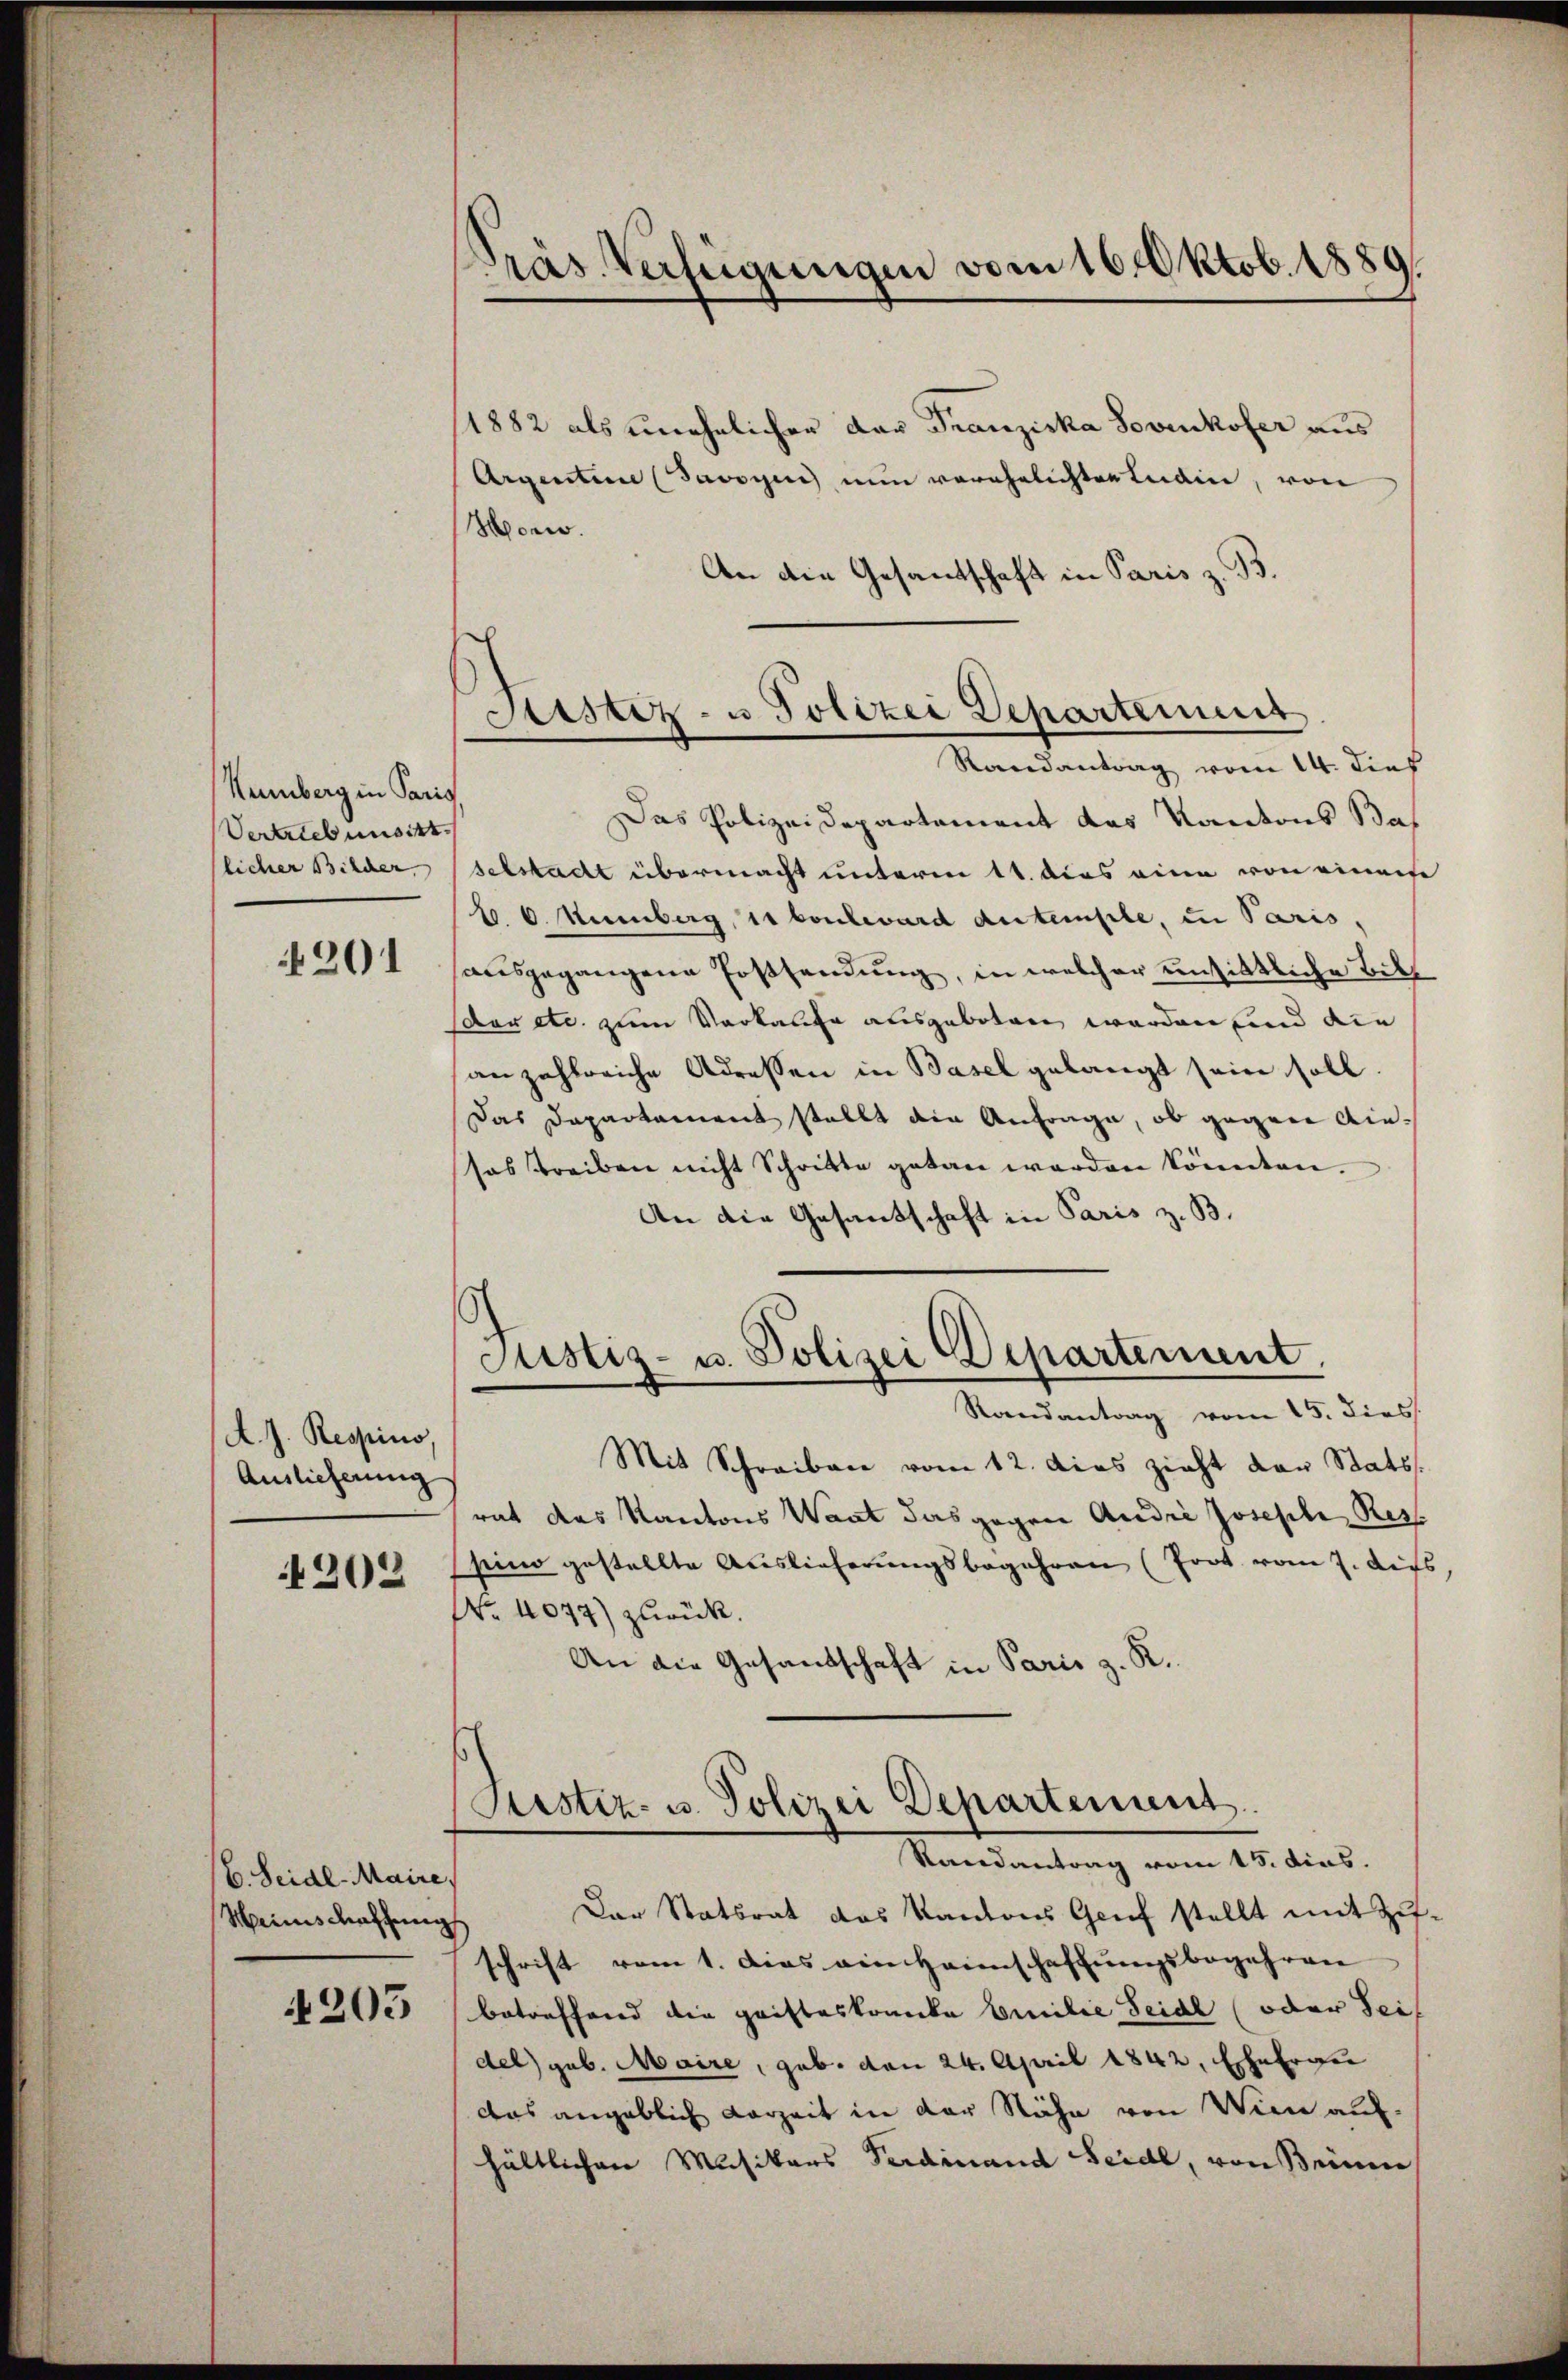
Kümberg in Paris
Vertrieb unsitt
licher Bilder

201

A. J. Respino
Auslieferung

202

(6. Seidl-Maire,
Weinschaffung

4205

Präs. Verfügungen vom 16. Oktob. 1889.

1882 als unehelicher der Franziska Sovikofer aus
Argenten (Savoyen nun verehelichter Lain, von
Morw.
An die Gesandschaft in Paris z. B.
Das Polizeidepartement des Kantons Bas
selstadt übermacht unterm 11. dies eine von einem
B. 6. Hueberg, 11 boulward antemple, in Paris,
ausgegangene Fossendung, in welcher unsittliche Bill
dur etc. zum Vorkaufe ausgeboten werden und die
anzahlreiche Adressen in Basel gelangt sein soll.
Das Dapartament stellt ain Anfrage, ob gegen diesos treiben nicht Schritte getan werden könnten.
An die Gesantschaft in Paris z. B.
Justiz- u. Polizei Departement.
Randantrag vom 15. dies
Mit Schreiben vom 12. dies zieht der Stats
rat das Kantons Waat das gegen Andri Josephi, Rez
sino gestellte Auslieferungsbegehren (fort vom 7. Auss
No. 4077) zurück.
An die Gesandschaft in Paris z. R.
Ristiz- u. Polizei Departement.
Randantrag vom 15. dies.
Der Statsrat das Kantons Genf stellt mit Zuschrift vom 1. dies ein Haunschaffŭngsbegehren
betreffend die Grifteskomite Emilie Seide (oder Sei
del) geb. Maire, geb. von 24. April 1842, Ehefrau
das angeblich vorzeit in der Nähe von Wien auf-
hältlichen Musikars Ferdinand Seidl, von Beinen

Sistiz- u Polizei Departement
Randantrag vom 14. dies